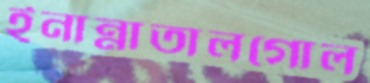
ইনান্নাতালগোল